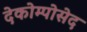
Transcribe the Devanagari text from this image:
देकोम्पोसेद